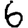
Digit: 6